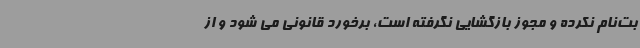
بت‌نام نکرده و مجوز بازگشایی نگرفته است، برخورد قانونی می شود و از